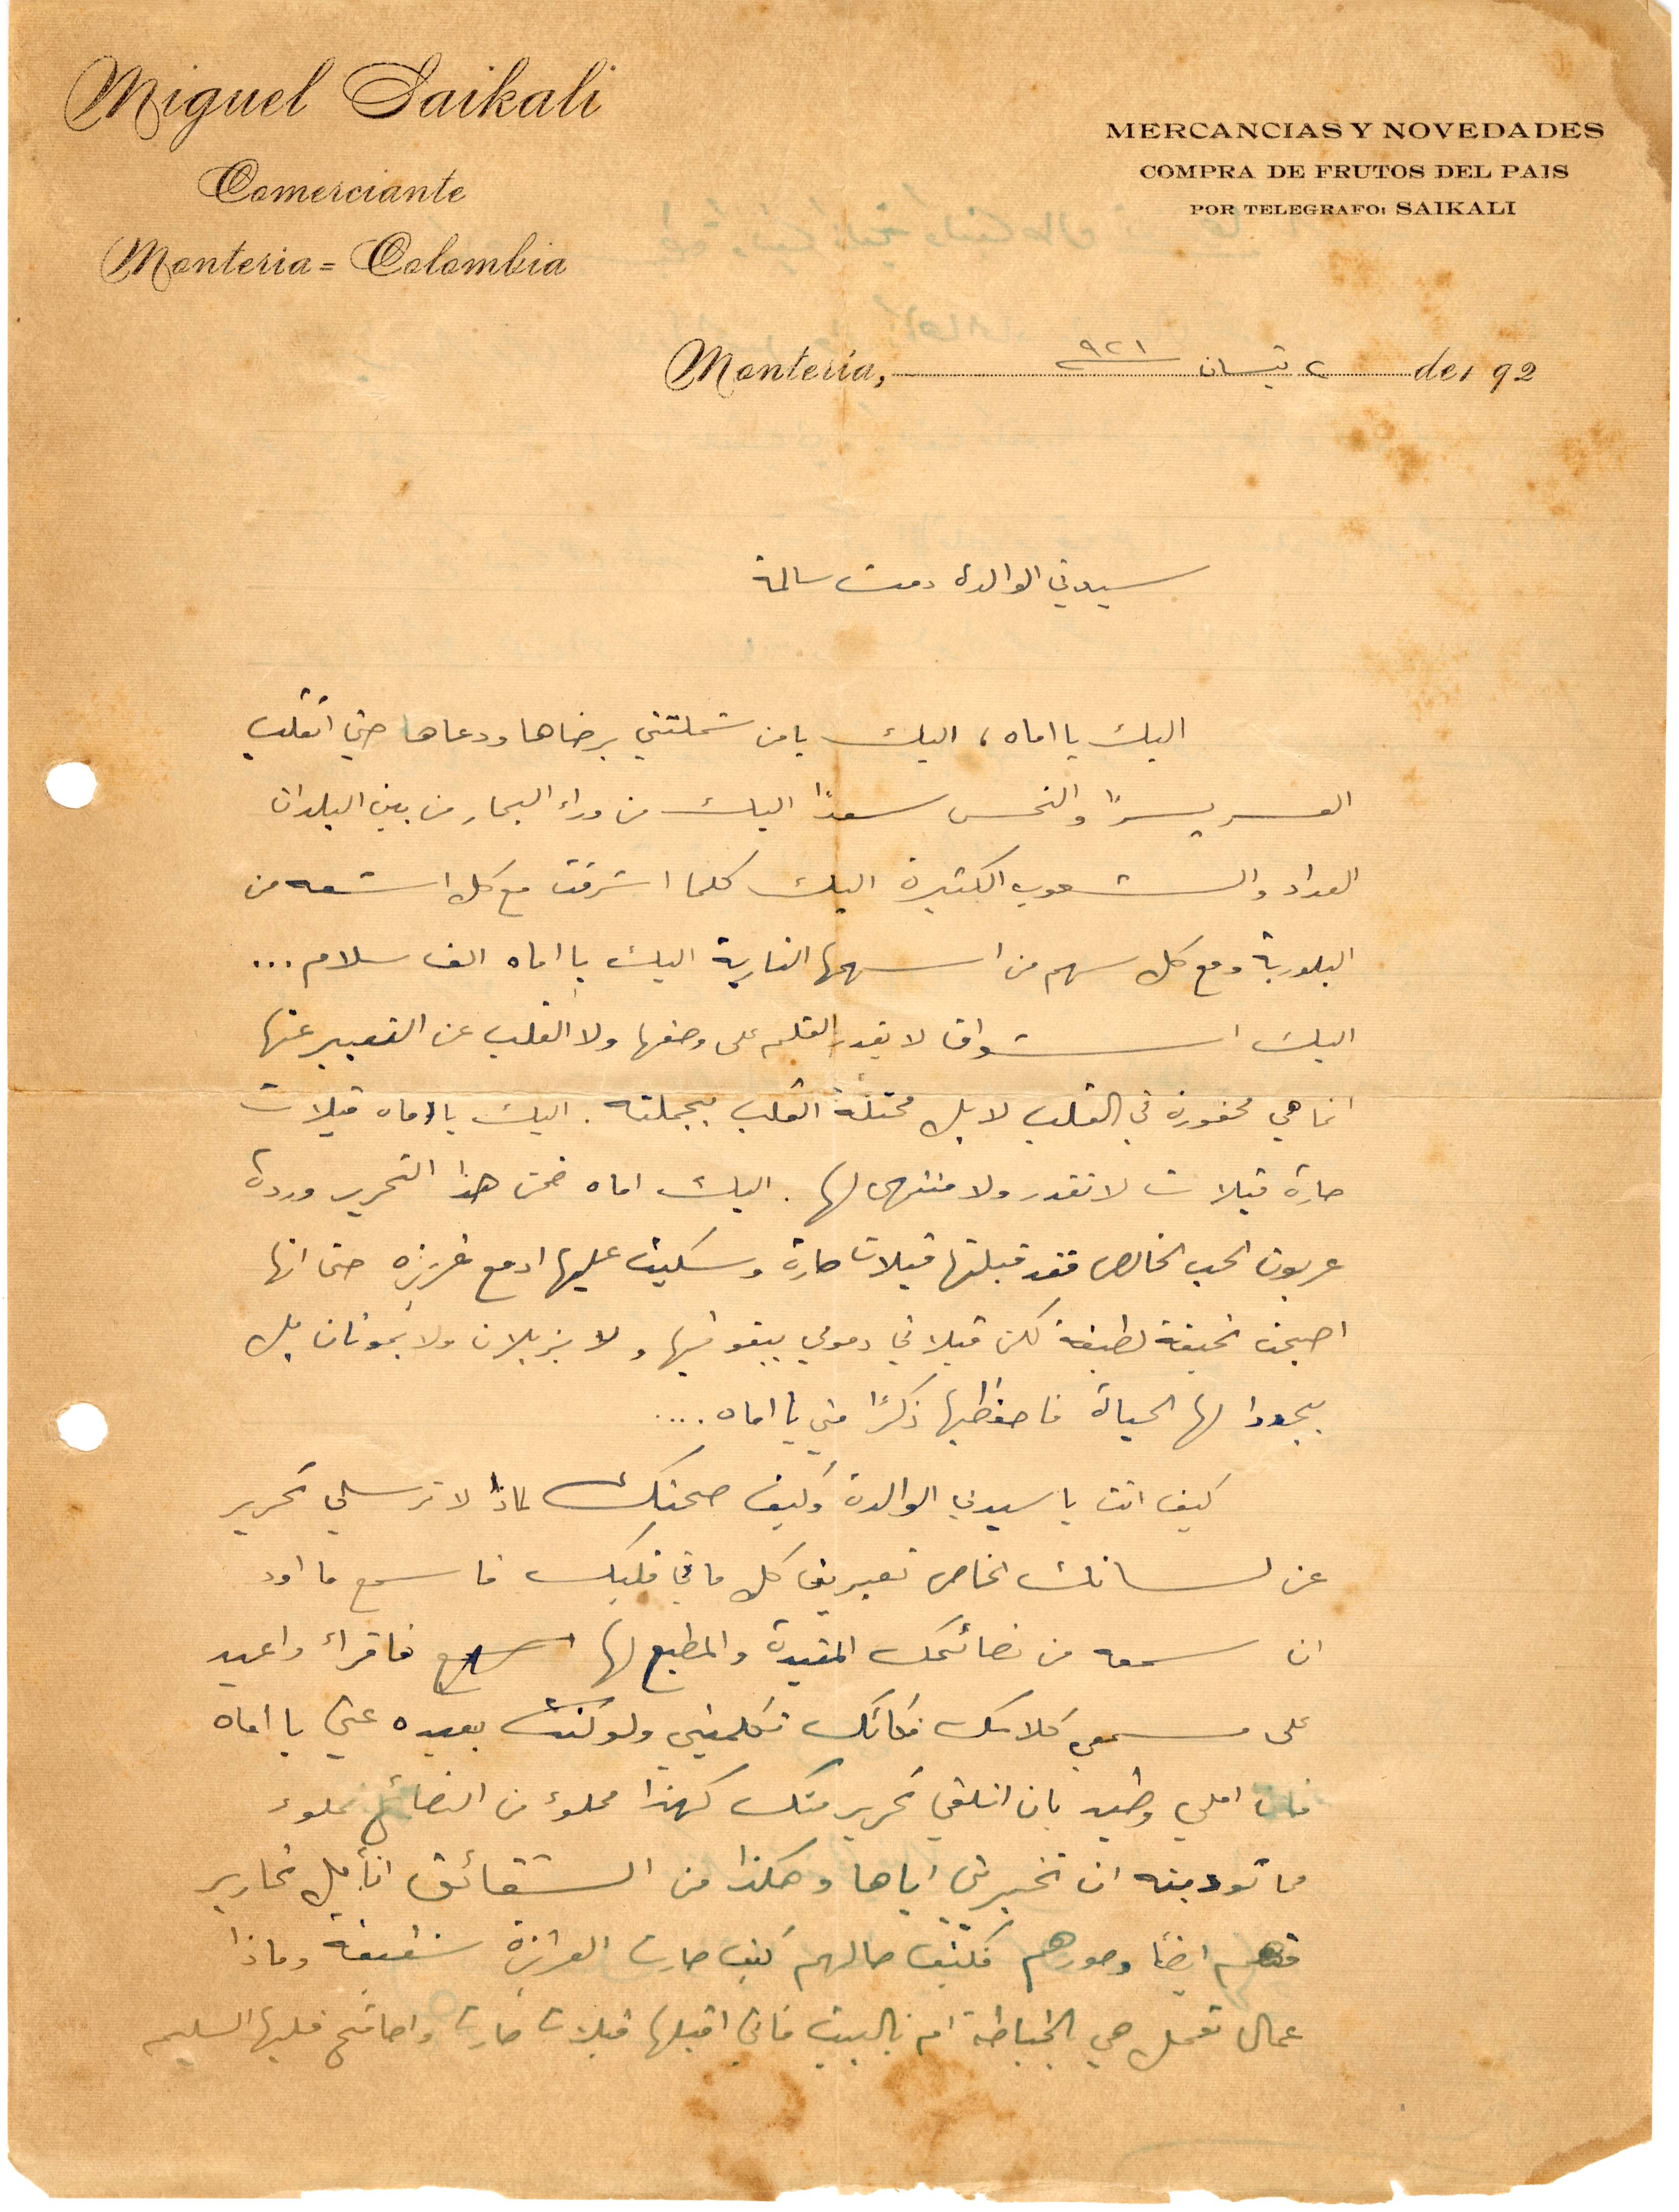
سيدتي الوالدة دمت سالمة
اليك يا اماه يا من شملتني برضاها ودعاها حتى انقلب
العسر يسرًا والنحس سعدا اليك من وراء البحار من بين البلدان
العمداد والشعوب الكثيرة اليك كلما اشرقت مع كل اشعه من
البلورية مع كل سهم من أسهمها النارية اليك يا اماه الف سلام...
اليك اشواق لا يقدر القلم على وضعها ولا القلب عن التعبير عنها
انما هي محفورة في القلب لا بل محتلة القلب بجملته. اليك يا أماه قبلات
حارة قبلات لا تقدر ولا منتهى لها. اليك اماه ضمن هذا التحرير وردة
عربون الحب الخالص فقد قبلتها قبلات حارة وسكبت عليها ادمع غزيرة حتى انها
أصبحت نحيفة لطيفة لكن قبلاتي دموعي ببقو فيها لاو يزيلان ولا يموتان بل
يجددوا لها الحياة فاحفظيها ذكرًا مني يا اماه...
كيف انت يا سيدتي الوالدة وكيف صحتك لماذا لا ترسلي لي تحرير
عن لسانك الخاص تعبيرين كل ما في قلبك فاسمع ما اود
ان اسمعه من نصائحك المفيدة والمطبع لها فأقرأ واعيد
على مسمعي كلامك بكائك تكلميني ولو كنت بعيدة عني يا اماه
فان املي وطيد بان اتلقى تحرير منك كهذا مملوء من النصائح مملوء
مما تودينه ان تخبريني إياها وهكذا من الشقائق اتأمل تحارير
منهم ايضًا وصورهم فكيف حالهم كيف صارت العزيزة شفيقة وماذا
عمال تعمل هي بالخياطة ام بالبيت فاني اقبلها قبلات حارة واصافح قلبها السليم